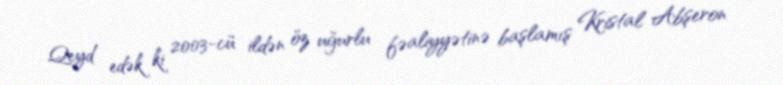
Qeyd edək ki 2003-cü ildən öz uğurlu fəaliyyətinə başlamış Kristal Abşeron